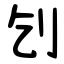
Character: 刉